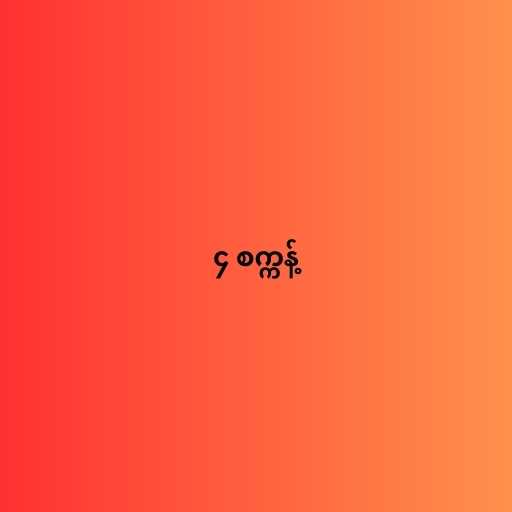
၄ စက္ကန့်